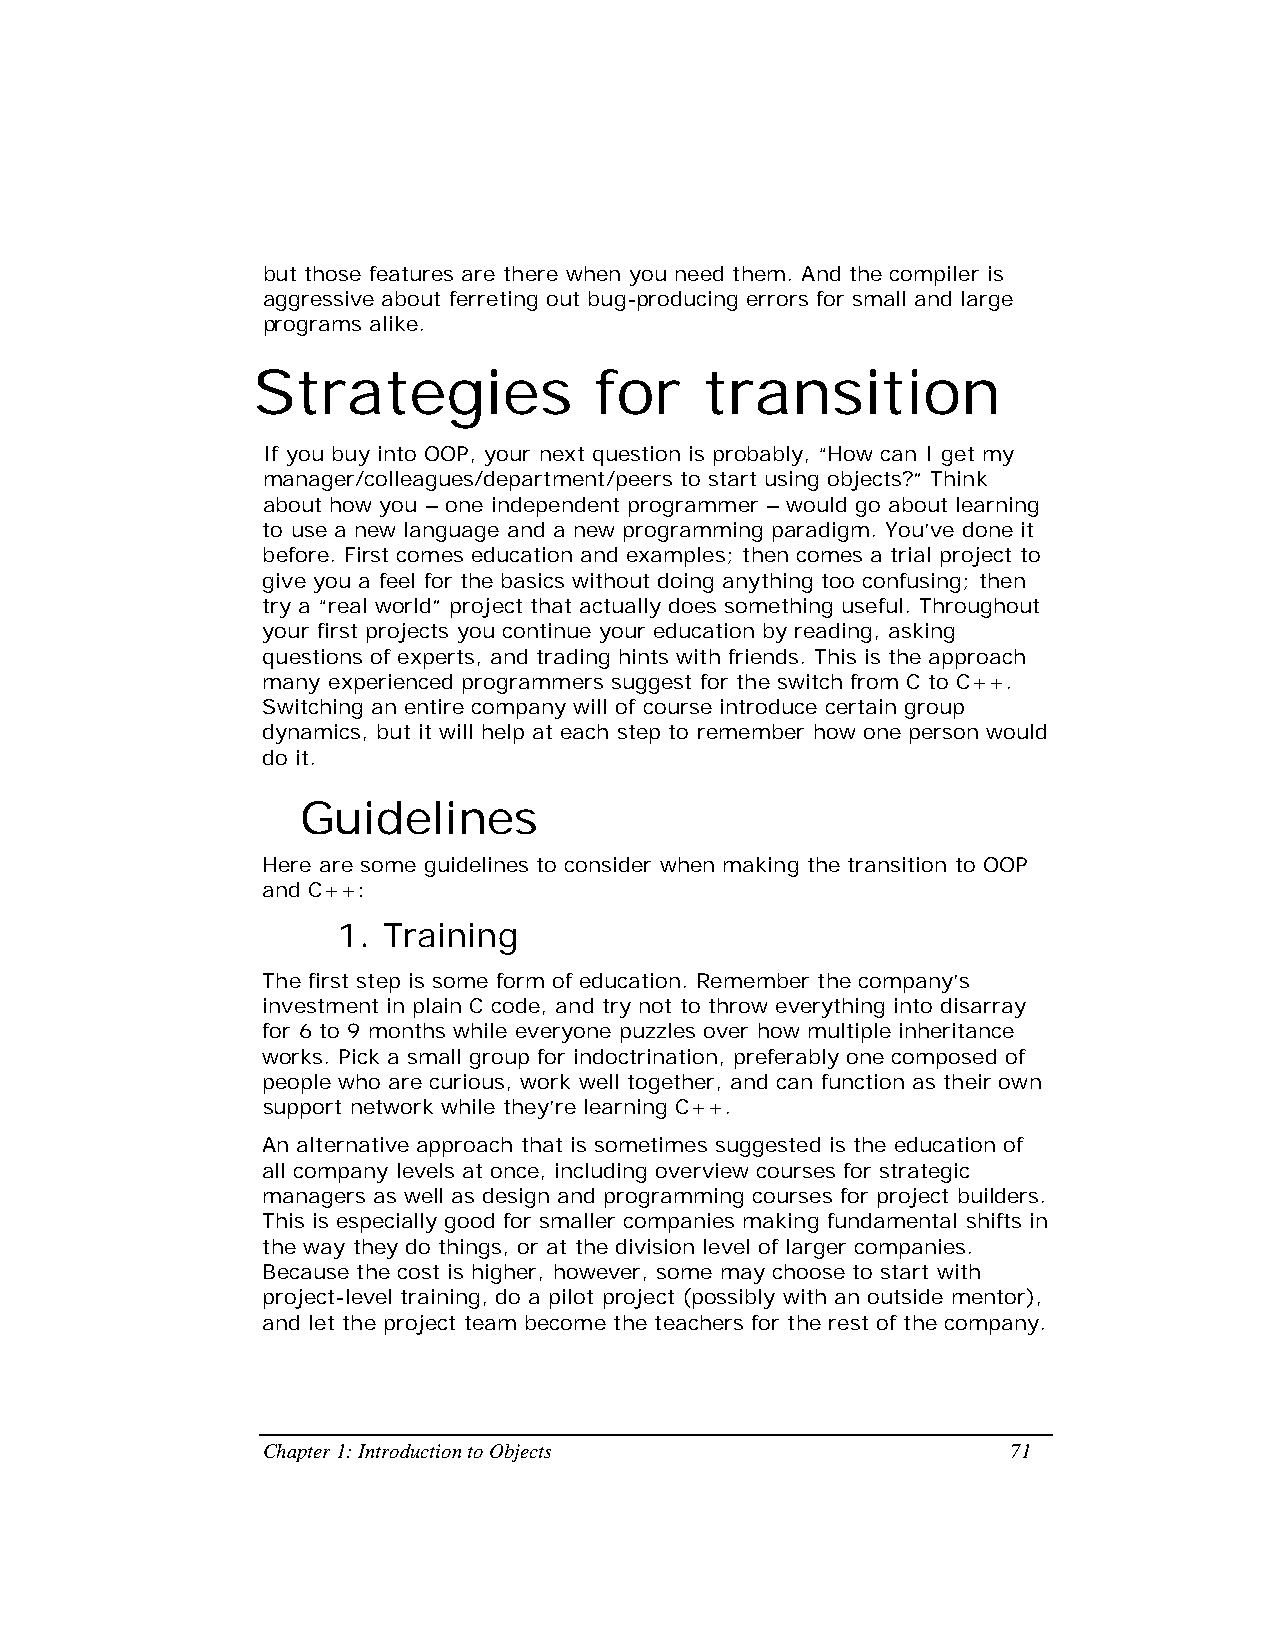
but those features are there when you need them. And the compiler is
 aggressive about ferreting out bug-producing errors for small and large
 programs alike.
 Strategies            for     transition
 If you buy into OOP, your next question is probably, “How can I get my
 manager/colleagues/department/peers to start using objects?” Think
 about how you – one independent programmer – would go about learning
 to use a new language and a new programming paradigm. You’ve done it
 before. First comes education and examples; then comes a trial project to
 give you a feel for the basics without doing anything too confusing; then
 try a “real world” project that actually does something useful. Throughout
 your first projects you continue your education by reading, asking
 questions of experts, and trading hints with friends. This is the approach
 many experienced programmers suggest for the switch from C to C++.
 Switching an entire company will of course introduce certain group
 dynamics, but it will help at each step to remember how one person would
 do it.
 Guidelines
 Here are some guidelines to consider when making the transition to OOP
 and C++:
 1. Training
 The first step is some form of education. Remember the company’s
 investment in plain C code, and try not to throw everything into disarray
 for 6 to 9 months while everyone puzzles over how multiple inheritance
 works. Pick a small group for indoctrination, preferably one composed of
 people who are curious, work well together, and can function as their own
 support network while they’re learning C++.
 An alternative approach that is sometimes suggested is the education of
 all company levels at once, including overview courses for strategic
 managers as well as design and programming courses for project builders.
 This is especially good for smaller companies making fundamental shifts in
 the way they do things, or at the division level of larger companies.
 Because the cost is higher, however, some may choose to start with
 project-level training, do a pilot project (possibly with an outside mentor),
 and let the project team become the teachers for the rest of the company.
 Chapter 1: Introduction to Objects                71